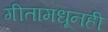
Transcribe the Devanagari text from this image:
गीतामधूनही